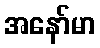
အနော်မာ